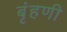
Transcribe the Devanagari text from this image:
बृंहणी